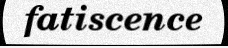
fatiscence